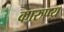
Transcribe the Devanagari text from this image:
कारुण्य़